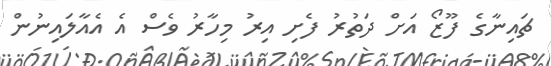
ޗައިނާގެ ފޫޒޯ އަށް ދަތުރު ފެށި އިރު މިހާރު ވެސް އެ އެއާލަައިނުން